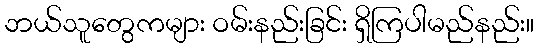
ဘယ်သူတွေကများ ဝမ်းနည်းခြင်း ရှိကြပါမည်နည်း။